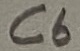
Text: C6